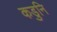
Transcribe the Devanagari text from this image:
कडुनि